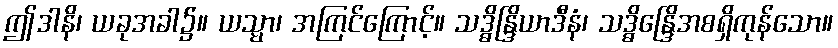
ဤဒါနိ၊ ယခုအခါ၌။ ယသ္မာ၊ အကြင်ကြောင့်။ သဒ္ဓိန္ဒြိယာဒီနံ၊ သဒ္ဓိန္ဒြေိအစရှိကုန်သော။